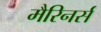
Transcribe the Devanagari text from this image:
मैरिनर्स